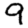
Digit: 9